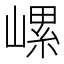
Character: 𡻱